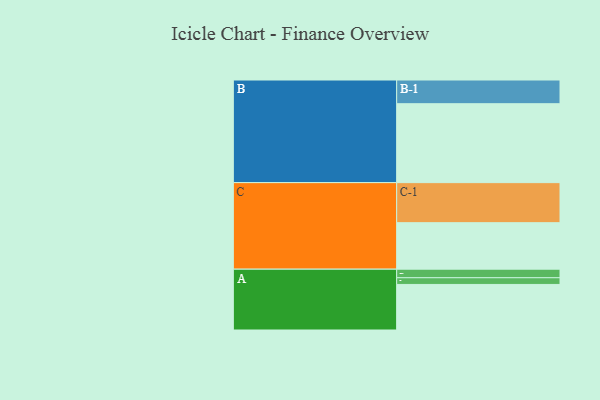
{"axis": {"x": "Segment", "y": "Value"}, "legend": ["", "A", "B", "C"], "data": [{"x": "A", "y": 340, "type": ""}, {"x": "B", "y": 589, "type": ""}, {"x": "C", "y": 347, "type": ""}, {"x": "A-1", "y": 64, "type": "A"}, {"x": "A-2", "y": 50, "type": "A"}, {"x": "B-1", "y": 177, "type": "B"}, {"x": "C-1", "y": 299, "type": "C"}]}